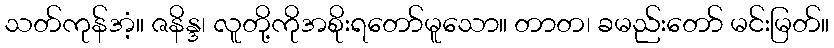
သတ်ကုန်အံ့။ ဇနိန္ဒ၊ လူတို့ကိုအစိုးရတော်မူသော။ တာတ၊ ခမည်းတော် မင်းမြတ်။